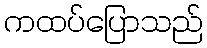
ကထပ်ပြောသည်